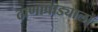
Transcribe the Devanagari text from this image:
ठाणापाड्याला